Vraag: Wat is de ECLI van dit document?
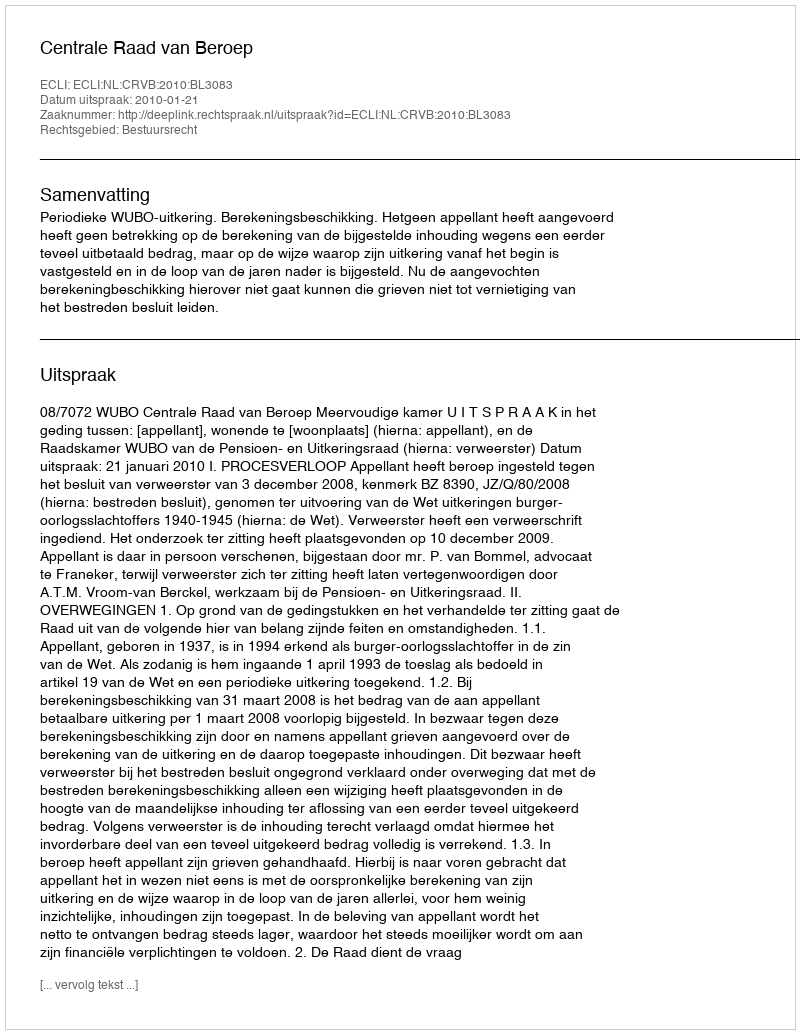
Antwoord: ECLI:NL:CRVB:2010:BL3083